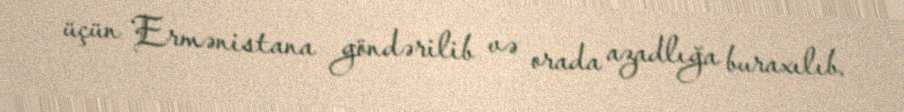
üçün Ermənistana göndərilib və orada azadlığa buraxılıb.